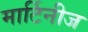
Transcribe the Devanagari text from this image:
मार्टिनीज